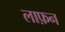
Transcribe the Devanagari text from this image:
लाफ़न